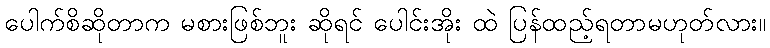
ပေါက်စိဆိုတာက မစားဖြစ်ဘူး ဆိုရင် ပေါင်းအိုး ထဲ ပြန်ထည့်ရတာမဟုတ်လား။